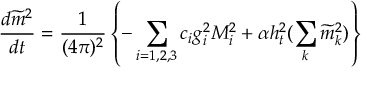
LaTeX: { \frac { d \widetilde m ^ { 2 } } { d t } } = { \frac { 1 } { ( 4 \pi ) ^ { 2 } } } \left\{ - \sum _ { i = 1 , 2 , 3 } c _ { i } g _ { i } ^ { 2 } M _ { i } ^ { 2 } + \alpha h _ { t } ^ { 2 } ( \sum _ { k } \widetilde m _ { k } ^ { 2 } ) \right\}